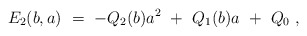
\begin{align*} E_2(b,a)\ =\ -Q_{2}(b) a^2 \ +\ Q_{1}(b) a \ +\ Q_{0}\ ,\end{align*}